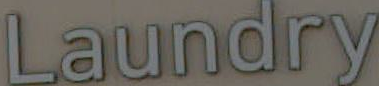
Laundry